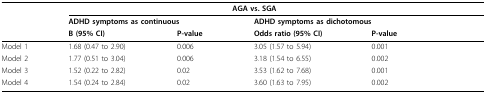
<table><thead><tr><td></td><td colspan="4"><b>AGA vs. SGA</b></td></tr><tr><td></td><td colspan="2"><b>ADHD symptoms as continuous</b></td><td colspan="2"><b>ADHD symptoms as dichotomous</b></td></tr><tr><td></td><td><b>B (95% CI)</b></td><td><b>P-value</b></td><td><b>Odds ratio (95% CI)</b></td><td><b>P-value</b></td></tr></thead><tbody><tr><td>Model 1</td><td>1.68 (0.47 to 2.90)</td><td>0.006</td><td>3.05 (1.57 to 5.94)</td><td>0.001</td></tr><tr><td>Model 2</td><td>1.77 (0.51 to 3.04)</td><td>0.006</td><td>3.18 (1.54 to 6.55)</td><td>0.002</td></tr><tr><td>Model 3</td><td>1.52 (0.22 to 2.82)</td><td>0.02</td><td>3.53 (1.62 to 7.68)</td><td>0.001</td></tr><tr><td>Model 4</td><td>1.54 (0.24 to 2.84)</td><td>0.02</td><td>3.60 (1.63 to 7.95)</td><td>0.002</td></tr></tbody></table>